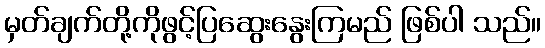
မှတ်ချက်တို့ကိုဖွင့်ပြဆွေးနွေးကြမည် ဖြစ်ပါ သည်။